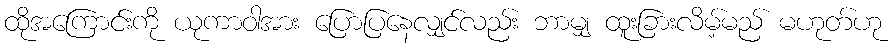
ထိုအကြောင်းကို ယုကာဝါအား ပြောပြနေလျှင်လည်း ဘာမျှ ထူးခြားလိမ့်မည် မဟုတ်ဟု